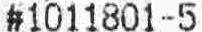
#1011801-5